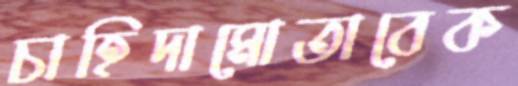
চাহিদামোতাবেক